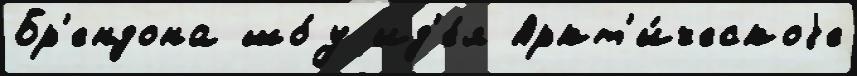
Бр'ендона шо́у ид'е́я Аркт'и́ческоjе